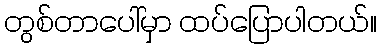
တွစ်တာပေါ်မှာ ထပ်ပြောပါတယ်။